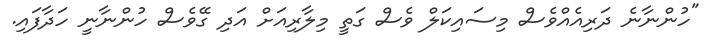
"ހުންނާނެ ދަރިއެއްވެސް މިސައިކަލް ވެސް ގަތީ މިލާރިއަށް އަދި ގޭވެސް ހުންނާނީ ހަދާފައި.